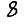
Digit: 8